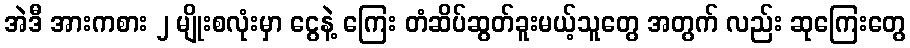
အဲဒီ အားကစား ၂ မျိုးစလုံးမှာ ငွေနဲ့ ကြေး တံဆိပ်ဆွတ်ခူးမယ့်သူတွေ အတွက် လည်း ဆုကြေးတွေ